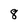
Character: 8